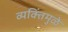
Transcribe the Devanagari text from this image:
व्यक्तिंमुळे